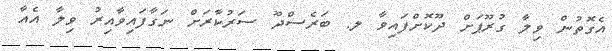
އެގޮތުން ވިލާ ގުރޫޕަށް ދޫކޮށްފައިވާ ލ. ބަރެސްދޫ ސަރުކާރަށް ނަގާފައިވާއިރު ވިލާ އެއާ